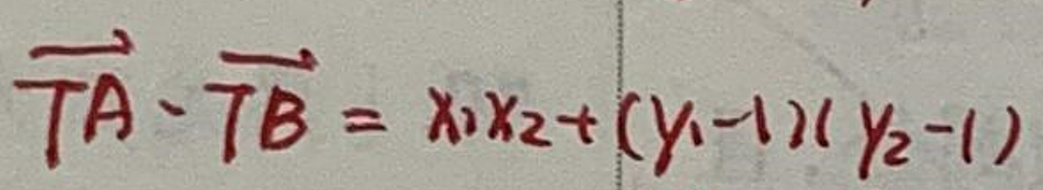
$\overrightarrow{TA} \cdot \overrightarrow{TB} = x_1x_2 + (y_1 - 1)(y_2 - 1)$